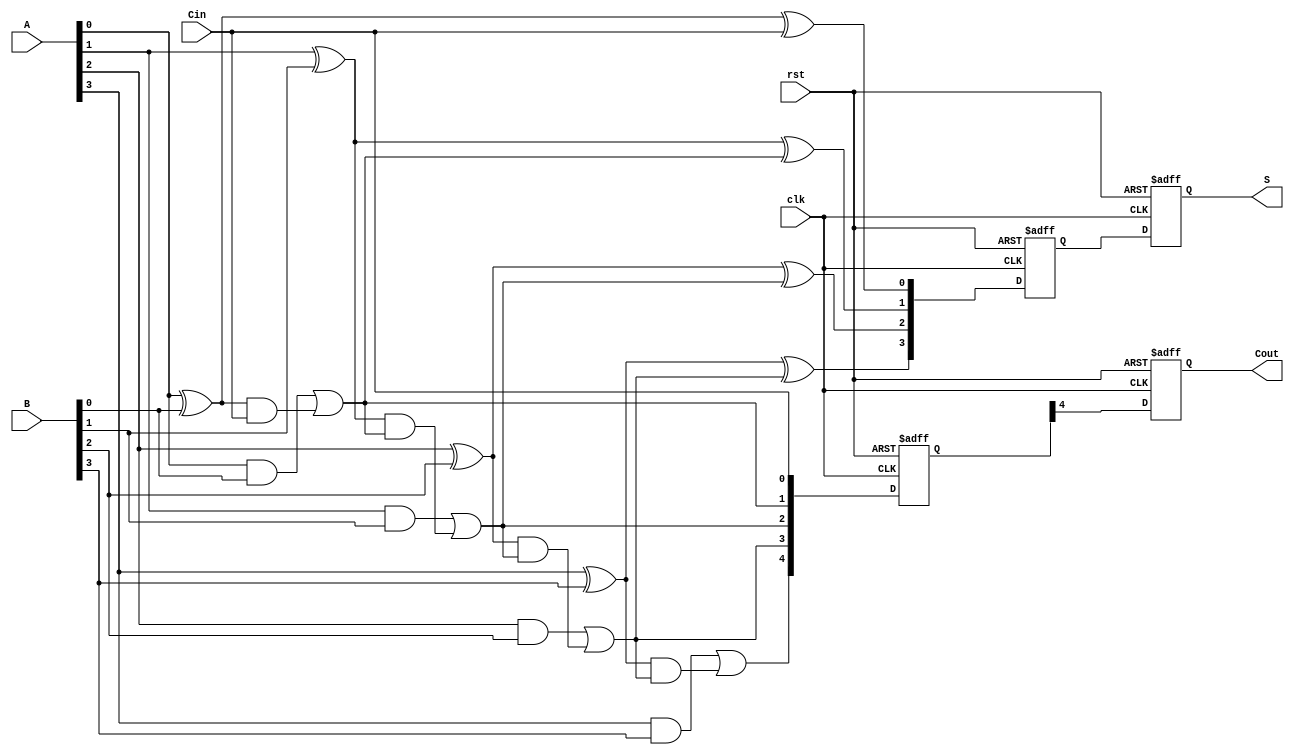
module PipelinedCLA #(parameter N = 4) (
    input wire clk,
    input wire rst,
    input wire [N-1:0] A,
    input wire [N-1:0] B,
    input wire Cin,
    output reg [N-1:0] S,
    output reg Cout
);

    // Intermediate signals
    wire [N-1:0] G; // Generate signals
    wire [N-1:0] P; // Propagate signals
    wire [N:0] C;   // Carry signals

    // Stage 1: Generate and Propagate calculation
    genvar i;
    generate
        for (i = 0; i < N; i = i + 1) begin : gen_prop
            assign G[i] = A[i] & B[i];         // Generate
            assign P[i] = A[i] ^ B[i];         // Propagate
        end
    endgenerate

    // Stage 2: Carry calculation
    assign C[0] = Cin; // Initial carry-in

    generate
        for (i = 0; i < N; i = i + 1) begin : carry_calc
            assign C[i + 1] = G[i] | (P[i] & C[i]); // Carry calculation
        end
    endgenerate

    // Stage 3: Sum calculation
    wire [N-1:0] sum_temp;
    generate
        for (i = 0; i < N; i = i + 1) begin : sum_calc
            assign sum_temp[i] = P[i] ^ C[i]; // Sum calculation
        end
    endgenerate

    // Pipelining registers
    reg [N-1:0] sum_reg;
    reg [N:0] carry_reg;

    // Output stage
    always @(posedge clk or posedge rst) begin
        if (rst) begin
            S <= 0;
            Cout <= 0;
            sum_reg <= 0;
            carry_reg <= 0;
        end else begin
            sum_reg <= sum_temp; // Register the sum
            carry_reg <= C;      // Register the carry
            S <= sum_reg;        // Output the registered sum
            Cout <= carry_reg[N]; // Output the final carry-out
        end
    end

endmodule